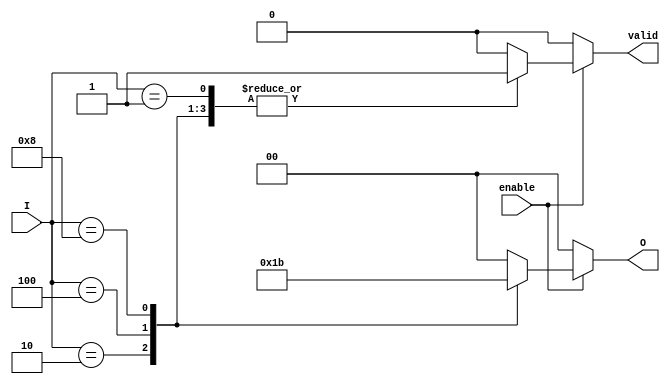
module binary_encoder (
    input wire [3:0] I,     // 4 input lines
    input wire enable,      // Enable signal
    output reg [1:0] O,     // 2-bit output
    output reg valid        // Valid output flag
);

    always @(*) begin
        if (!enable) begin
            O = 2'b00;       // If not enabled, output can be set to 0
            valid = 0;       // Output is invalid
        end else begin
            case (I)
                4'b0001: begin
                    O = 2'b00; // I0 is active
                    valid = 1;
                end
                4'b0010: begin
                    O = 2'b01; // I1 is active
                    valid = 1;
                end
                4'b0100: begin
                    O = 2'b10; // I2 is active
                    valid = 1;
                end
                4'b1000: begin
                    O = 2'b11; // I3 is active
                    valid = 1;
                end
                default: begin
                    O = 2'b00; // No input is active or invalid input
                    valid = 0; // Output is invalid
                end
            endcase
        end
    end
endmodule